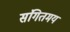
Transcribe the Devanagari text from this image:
संगितमय